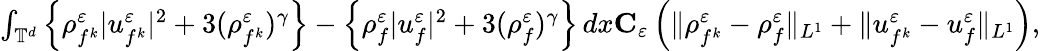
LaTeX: \begin{array}{r}{\int_{\mathbb T^{d}}\left\{ \rho_{f^{k}}^{\varepsilon}|u_{f^{k}}^{\varepsilon}|^{2}+3(\rho_{f^{k}}^{\varepsilon})^{\gamma}\right\} -\left\{ \rho_{f}^{\varepsilon}|u_{f}^{\varepsilon}|^{2}+3(\rho_{f}^{\varepsilon})^{\gamma}\right\} \, dx\le C_{\varepsilon}\left(\| \rho_{f^{k}}^{\varepsilon}-\rho_{f}^{\varepsilon}\| _{L^{1}}+\| u_{f^{k}}^{\varepsilon}-u_{f}^{\varepsilon}\| _{L^{1}}\right),}\end{array}